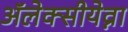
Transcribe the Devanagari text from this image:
ॲलेक्सीयेव्ना